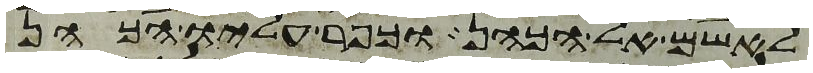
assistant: לאשם אל הכהן וכפר עליו הכהן